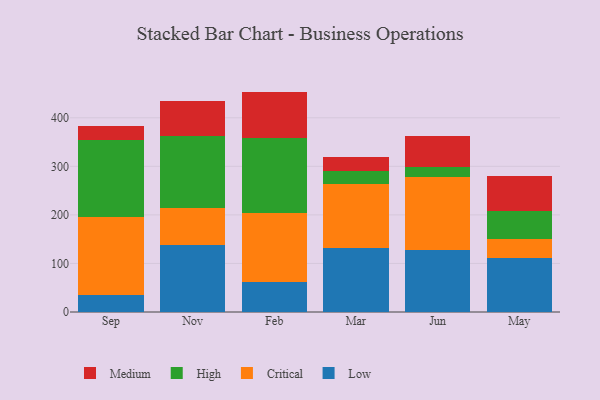
{"axis": {"x": "Month", "y": "Demand Index"}, "legend": ["Critical", "High", "Low", "Medium"], "data": [{"x": "Sep", "y": 34.9, "type": "Low"}, {"x": "Sep", "y": 160.5, "type": "Critical"}, {"x": "Sep", "y": 158.5, "type": "High"}, {"x": "Sep", "y": 28.4, "type": "Medium"}, {"x": "Nov", "y": 138.6, "type": "Low"}, {"x": "Nov", "y": 75.3, "type": "Critical"}, {"x": "Nov", "y": 147.9, "type": "High"}, {"x": "Nov", "y": 72.2, "type": "Medium"}, {"x": "Feb", "y": 62.4, "type": "Low"}, {"x": "Feb", "y": 141.7, "type": "Critical"}, {"x": "Feb", "y": 154.7, "type": "High"}, {"x": "Feb", "y": 95.1, "type": "Medium"}, {"x": "Mar", "y": 132.0, "type": "Low"}, {"x": "Mar", "y": 132.0, "type": "Critical"}, {"x": "Mar", "y": 27.3, "type": "High"}, {"x": "Mar", "y": 26.9, "type": "Medium"}, {"x": "Jun", "y": 127.1, "type": "Low"}, {"x": "Jun", "y": 150.5, "type": "Critical"}, {"x": "Jun", "y": 22.0, "type": "High"}, {"x": "Jun", "y": 62.7, "type": "Medium"}, {"x": "May", "y": 111.3, "type": "Low"}, {"x": "May", "y": 39.1, "type": "Critical"}, {"x": "May", "y": 56.7, "type": "High"}, {"x": "May", "y": 72.8, "type": "Medium"}]}